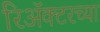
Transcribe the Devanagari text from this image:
रिॲक्टरच्या